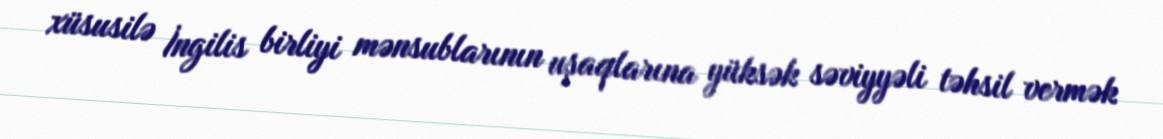
xüsusilə İngilis birliyi mənsublarının uşaqlarına yüksək səviyyəli təhsil vermək